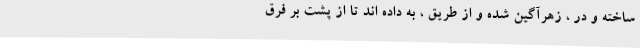
ساخته و در ، زهرآگین شده و از طریق ، به داده اند تا از پشت بر فرق